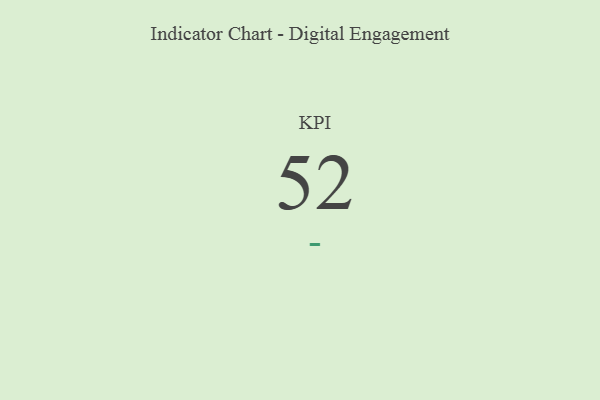
{"axis": {"x": "KPI", "y": "Value"}, "legend": [""], "data": [{"x": "KPI", "y": 52, "type": ""}]}